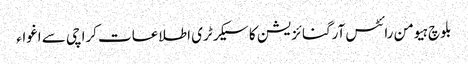
بلوچ ہیومن رائٹس آرگنائزیشن کا سیکرٹری اطلاعات کراچی سے اغواء